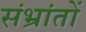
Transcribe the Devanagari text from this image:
संभ्रांतों